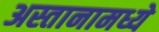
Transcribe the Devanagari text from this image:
अस्तानामध्ये